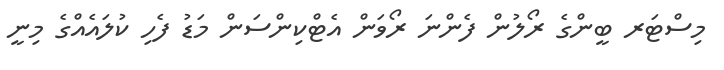
މިސްޓަރ ބީންގެ ރޯލުން ފެންނަ ރޯވަން އެޓްކިންސަން މަޑު ފެހި ކުލައެއްގެ މިނީ